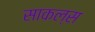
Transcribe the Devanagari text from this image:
साकल्स